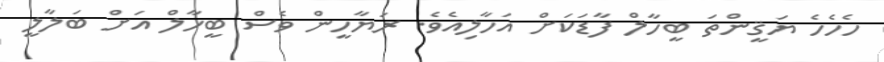
ހެހެހެ ޔަޤީންތަ ބީހާލް ފާޑަކަށް އަހާލިއެވެ. ރަޔާހީން ވެސް ބީހާލް އަށް ބަލާލީ